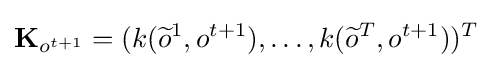
\mathbf {K} _{o^{t+1}}=(k({\widetilde {o}}^{1},o^{t+1}),\dots ,k({\widetilde {o}}^{T},o^{t+1}))^{T}